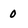
Character: 0